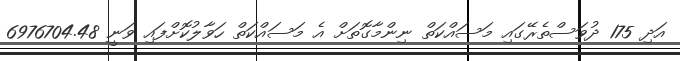
އަދި 175 ދުވަސްތެރޭގައި މަސައްކަތް ނިންމާގޮތަށް އެ މަސައްކަތް ހަވާލުކޮށްފައި ވަނީ 6976704.48